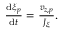
\begin{array} { r } { \frac { \mathrm { d } \xi _ { p } } { \mathrm { d } t } = \frac { v _ { z , p } } { J _ { \xi } } . } \end{array}